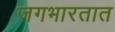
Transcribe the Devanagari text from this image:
जगभारतात